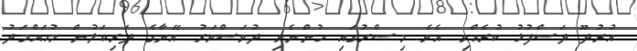
އުރުދޫ ދަސްފުޅު ކުރެއްވި އެވެ. މިޞްރުގައި ހުންނެވި ދުވަސްވަރު އޭނާގެ ދަރިކަލުން މުޙައްމަދު